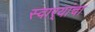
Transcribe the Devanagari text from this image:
स्वार्‍यांचा